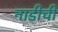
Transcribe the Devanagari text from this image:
नाडीची